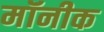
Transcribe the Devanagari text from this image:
मॉनीक